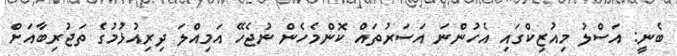
ބެނީ: އަސްލު މިއުޒިކްގައި އެހުންނަ އަސަރުތައް ކޮންމެހެން ނުޖެހޭ އަމިއްލަ ދިރިއުޅުމުގެ ތަޖުރިބާއަށް